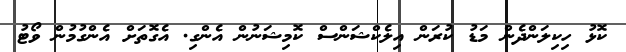
ކޮޅު ހިކިލަންދެން މަޑު ކުރަން އިލެކްޝަންސް ކޮމިޝަނުން އެންގި. އެގޮތަށް އެންގުމުން ވޯޓު